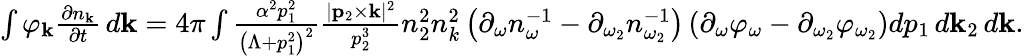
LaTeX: \begin{array}{r}{\int\varphi_{\mathbf k}\frac{\partial n_{\mathbf k}}{\partial t}\, d{\mathbf k}=4\pi\int\frac{\alpha^{2}p_{1}^{2}}{\left(\Lambda+p_{1}^{2}\right)^{2}}\frac{|{\mathbf p}_{2}\times{\mathbf k}|^{2}}{p_{2}^{3}}n_{2}^{2}n_{k}^{2}\left(\partial_{\omega}n_{\omega}^{-1}-\partial_{\omega_{2}}n_{\omega_{2}}^{-1}\right)\left(\partial_{\omega}\varphi_{\omega}-\partial_{\omega_{2}}\varphi_{\omega_{2}}\right)dp_{1}\, d{\mathbf k}_{2}\, d{\mathbf k}.}\end{array}